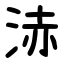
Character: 浾